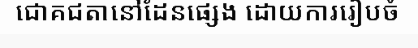
ជោគជតានៅដែនផ្សេង ដោយការរៀបចំ